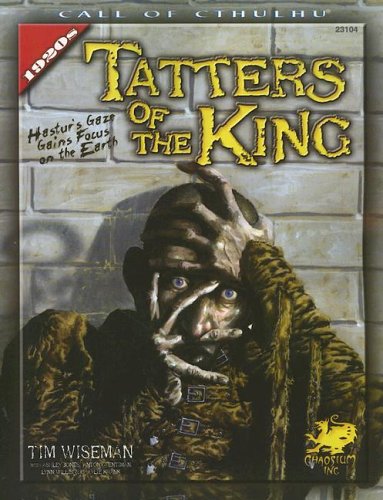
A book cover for Tatters of the King: Hastur's Gaze Gains Brief Focus Upon the Earth (Call of Cthulhu Horror Roleplaying); Tim Wiseman; Science Fiction & Fantasy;